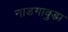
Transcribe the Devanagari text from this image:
नाडगावुडा